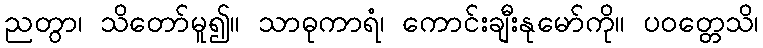
ညတွာ၊ သိတော်မူ၍။ သာဓုကာရံ၊ ကောင်းချီးနုမော်ကို။ ပဝတ္တေသိ၊